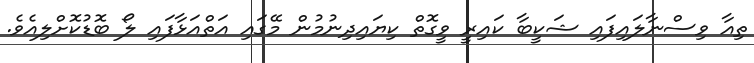
ތިއާ ވިސްނާލައިފައި ޝަކީބާ ކައިރީ ވީގޮތް ކިޔައިދިނުމުން މޭގައި އަތްއަޅާފައި ލޯ ބޮޑުކޮށްލިއެވެ.